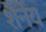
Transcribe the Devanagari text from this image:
शैनेय